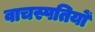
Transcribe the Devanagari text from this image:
वाचस्पतियों